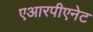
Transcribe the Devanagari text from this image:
एआरपीएनेट